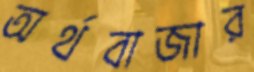
অর্থবাজার